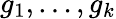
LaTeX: g_{1},\ldots,g_{k}